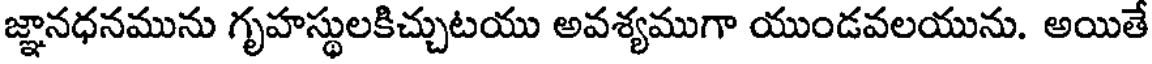
జ్ఞానధనమును గృహస్థులకిచ్చుటయు అవశ్యముగా యుండవలయును. అయితే